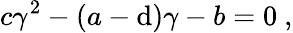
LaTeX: c\gamma^{2}-(a-\mathrm{d})\gamma-b=0\ ,